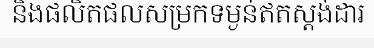
និងផលិតផលសម្រកទម្ងន់ឥតស្តង់ដារ